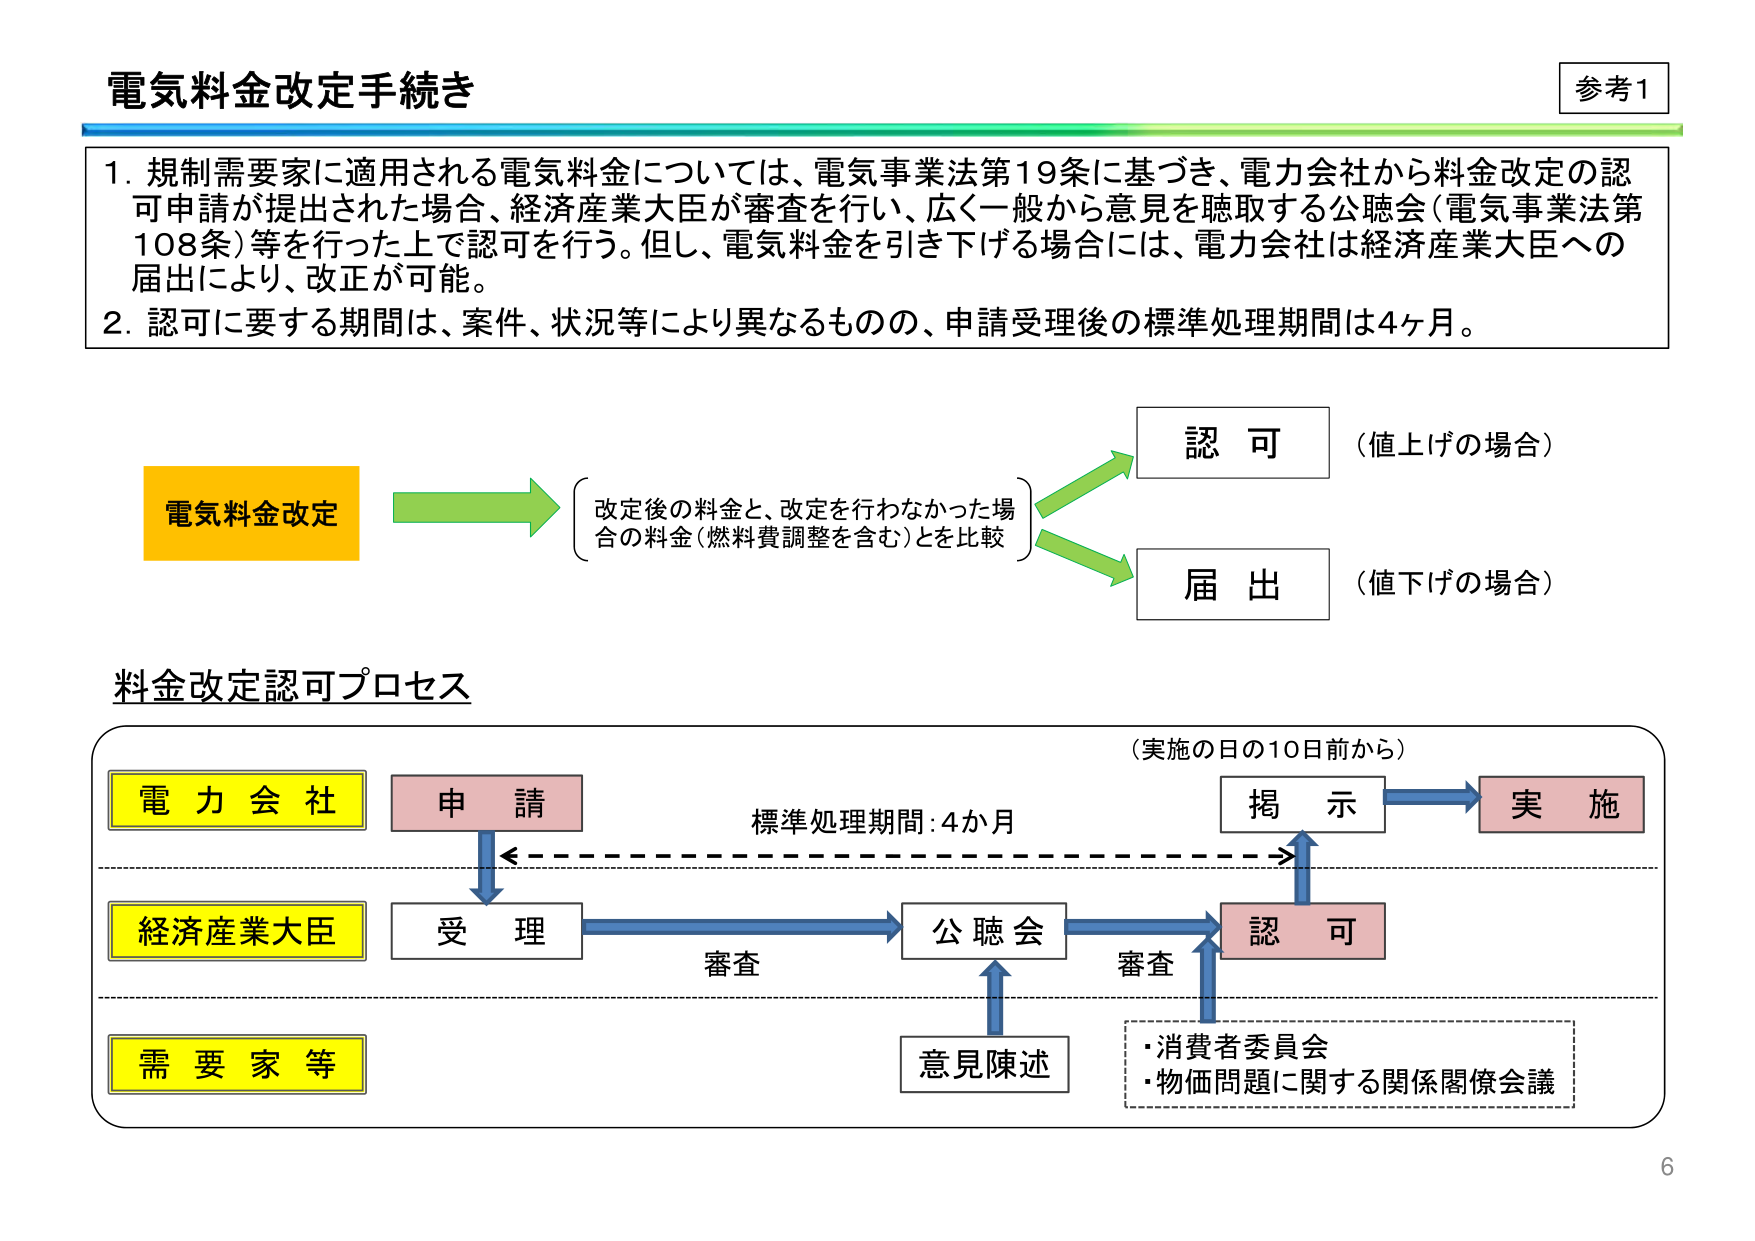
電気料金改定手続き

参考1

1. 規制需要家に適用される電気料金については、電気事業法第19条に基づき、電力会社から料金改定の認可申請が提出された場合、経済産業大臣が審査を行い、広く一般から意見を聴取する公聴会（電気事業法第108条）等を行った上で認可を行う。但し、電気料金を引き下げる場合には、電力会社は経済産業大臣への届出により、改正が可能。

2. 認可に要する期間は、案件、状況等により異なるものの、申請受理後の標準処理期間は4ヶ月。

電気料金改定 → （改定後の料金と、改定を行わなかった場合の料金（燃料費調整を含む）とを比較） → 認可（値上げの場合）
→ 届出（値下げの場合）

料金改定認可プロセス

（実施の日の10日前から）

電力会社 → 申請 → 受理 → 公聴会 → 認可 → 掲示 → 実施